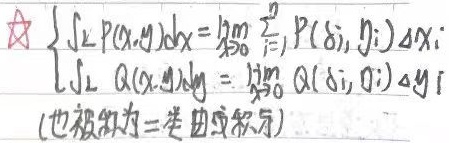
(也被称为第二类曲线积分)
\[\begin{cases}\int_{L}P(x,y)dx=\lim_{\lambda \to 0}\sum_{i = 1}^{n}P(\xi_i,\eta_i)\Delta x_i\\\int_{L}Q(x,y)dy=\lim_{\lambda \to 0}\sum_{i = 1}^{n}Q(\xi_i,\eta_i)\Delta y_i\end{cases}\]